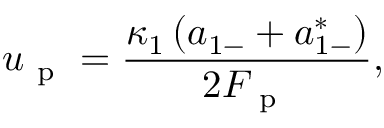
u _ { \mathrm { ~ p ~ } } = \frac { \kappa _ { 1 } \left( a _ { 1 - } + a _ { 1 - } ^ { * } \right) } { 2 F _ { \mathrm { ~ p ~ } } } ,